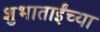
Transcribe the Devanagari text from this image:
शुभाताईंच्या